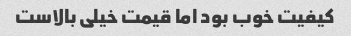
کیفیت خوب بود اما قیمت خیلی بالاست